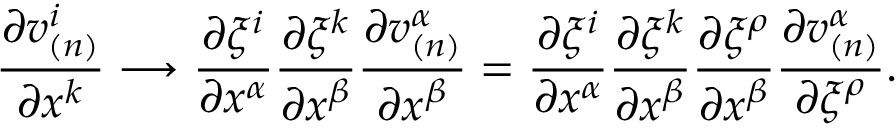
\frac { \partial v _ { ( n ) } ^ { i } } { \partial x ^ { k } } \longrightarrow \frac { \partial \xi ^ { i } } { \partial x ^ { \alpha } } \frac { \partial \xi ^ { k } } { \partial x ^ { \beta } } \frac { \partial v _ { ( n ) } ^ { \alpha } } { \partial x ^ { \beta } } = \frac { \partial \xi ^ { i } } { \partial x ^ { \alpha } } \frac { \partial \xi ^ { k } } { \partial x ^ { \beta } } \frac { \partial \xi ^ { \rho } } { \partial x ^ { \beta } } \frac { \partial v _ { ( n ) } ^ { \alpha } } { \partial \xi ^ { \rho } } .